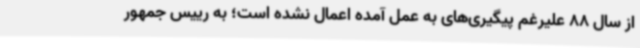
از سال 88 علیرغم پیگیری‌های به عمل آمده اعمال نشده است؛ به رییس جمهور